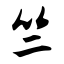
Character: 竺